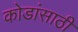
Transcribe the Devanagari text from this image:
कोडांसाठी